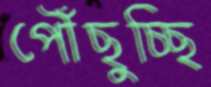
পৌঁছুচ্ছি